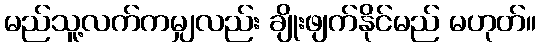
မည်သူ့လက်ကမျှလည်း ချိုးဖျက်နိုင်မည် မဟုတ်။